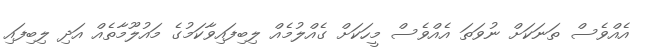
އެއްވެސް ތަނަކަށް ނުވަތަ އެއްވެސް މީހަކަށް ގެއްލުމެއް ލިބިފައިވާކަމުގެ މައުލޫމާތެއް އަދި ލިބިފައި